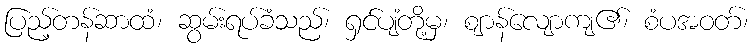
ပြည့်တန်ဆာထံ၊ ဆွမ်းရပ်ခံသည်၊ ရှင်ပျံတို့မှ၊ ဈာန်လျောကျ၏၊ စံပအဝတ်၊